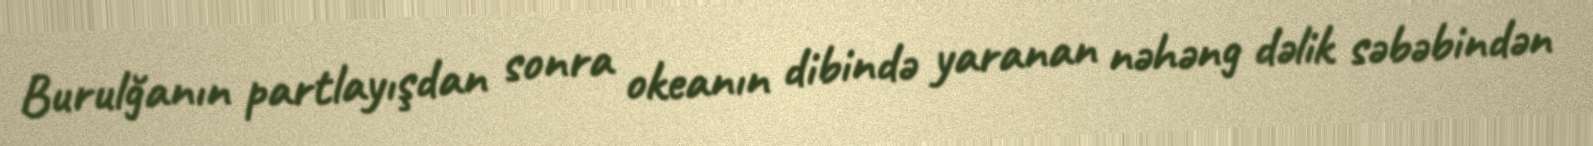
Burulğanın partlayışdan sonra okeanın dibində yaranan nəhəng dəlik səbəbindən